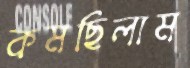
কমছিলাম